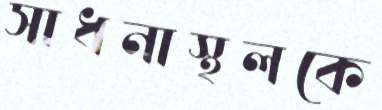
সাধনাস্থলকে